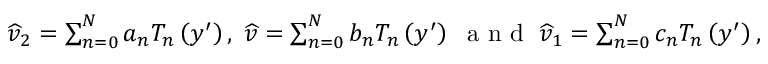
\begin{array} { r } { \widehat { v } _ { 2 } = \sum _ { n = 0 } ^ { N } a _ { n } T _ { n } \left( y ^ { \prime } \right) , \; \widehat { v } = \sum _ { n = 0 } ^ { N } b _ { n } T _ { n } \left( y ^ { \prime } \right) \; \textnormal { a n d } \; \widehat { v } _ { 1 } = \sum _ { n = 0 } ^ { N } c _ { n } T _ { n } \left( y ^ { \prime } \right) , } \end{array}